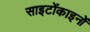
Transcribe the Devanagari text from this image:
साइटोंकाइनों